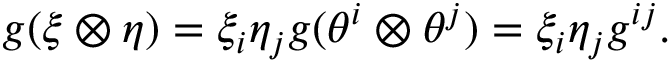
g ( \xi \otimes \eta ) = \xi _ { i } \eta _ { j } g ( \theta ^ { i } \otimes \theta ^ { j } ) = \xi _ { i } \eta _ { j } g ^ { i j } .